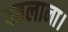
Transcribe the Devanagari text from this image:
बतलाना।